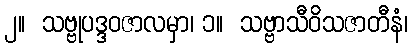
၂။  သဗ္ဗုပဒ္ဒဝဇာလမှာ၊ ၁။  သဗ္ဗာသီဝိသဇာတီနံ၊